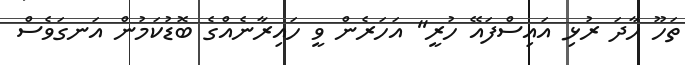
ތަހޫ ހާދަ ރުޅި އައިސްފައޭ ހުރީ'' އަހަރެން ވީ ހައިރާނެއްގެ ބޮޑުކަމުން އަނގަވެސް